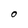
Character: O